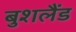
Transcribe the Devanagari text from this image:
बुशलैंड